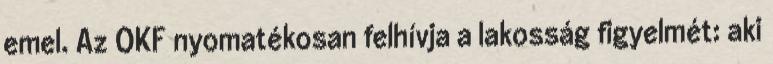
emel. Az OKF nyomatékosan felhívja a lakosság figyelmét: aki